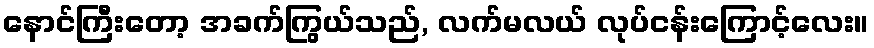
နောင်ကြီးတော့ အခက်ကြွယ်သည်, လက်မလယ် လုပ်ငန်းကြောင့်လေး။